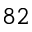
8 2